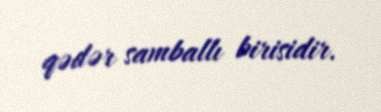
qədər samballı birisidir.